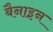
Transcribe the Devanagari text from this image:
बैनाइन